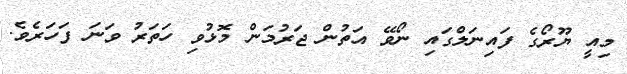
މިއީ ޔޫރޯގެ ފައިނަލްގައި ނޯވޭ އަތުން ޖަރުމަން މޮޅުވި ހަތަރު ވަނަ ފަހަރެވެ.